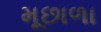
મૂછાળા